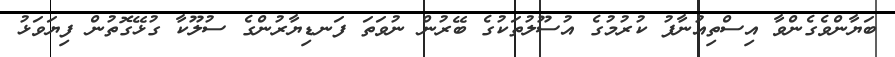
ބަޔާންވެގެންވާ އިސްތިއުނާފު ކުރުމުގެ އުސޫލުތަކުގެ ބޭރުން ނުވަތަ ފަނޑިޔާރުންގެ ސުލޫކާ ގުޅޭގޮތުން ފިޔަވަޅު